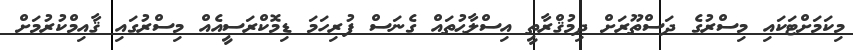
މިކަމަށްޓަކައި މިސްރުގެ ދަސްތޫރަށް ދިމުޤްރާތީ އިސްލާޙުތައް ގެނަސް ފުރިހަމަ ޑިމޮކްރަސީއެއް މިސްރުގައި ޤާއިމްކުރުމަށް